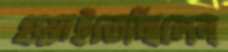
গুম্‌রাইতেছিলেন